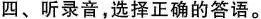
四、听录音,选择正确的答语.